Leaving Certificate Examination (including Day School Certificate (Higher) General paper), 1929
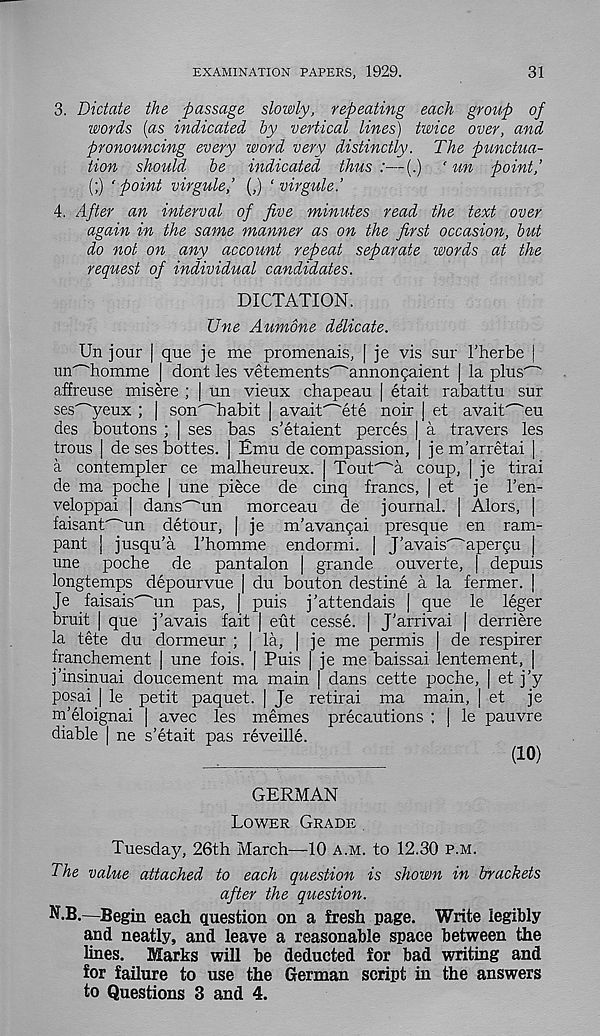
EXAMINATION PAPERS, 1929.
31
3. Dictate the passage slowly, repeating each group of
words (as indicated by vertical lines) twice over, and
pronouncing every word very distinctly. The punctua-
tion should be indicated thus :—(.) ' un point,'
(;) ‘point virgule,’ (,) ‘ virgule.’
4. After an interval of five minutes read the text over
again in the same manner as on the first occasion, but
do not on any account repeat separate words at the
request of individual candidates.
DICTATION.
Une Aumone delicate.
Un jour | que je me promenais, | je vis sur 1’herbe |
mTTomme | dont les vetements^annoncaient | la plus' - "
affreuse misere ; | un vieux chapeau | etait rabattu sur
ses^yeux ; | son'~'habit | avaif^ete noir j et avait' - "eu
des boutons ; | ses bas s’etaient perces | a travers les
trous | de ses bottes. | Emu de compassion, | je m’arretai |
a contempler ce malheureux. | Tout^a coup, | je tirai
de ma poche | une piece de cinq francs, | et je Fen-
veloppai | dans^un
morceau de journal. | Alors, |
faisant^un detour, | je m’avangai presque en ram-
pant ] jusqu’a Thomme endormi. j JAvais^aperpu |
une poche de
pantalon | grande ouverte, | depuis
longtemps depourvue | du bouton destine a la fermer. |
Je faisais^un pas, | puis j’attendais | que le leger
bruit | que j’avais fait | eut cesse. | J'arrivai | derriere
la tete du dormeur ; | la, | je me permis | de respirer
franchement | une fois. | Puis | je me baissai lentement, |
j’insinuai doucement ma main | dans cette poche, | et j’y
posai | le petit paquet. | Je retirai ma main, | et je
m’eloignai | avec les memes precautions ; | le pauvre
diable | ne s’etait pas reveille.
GERMAN
Lower Grade
Tuesday, 26th March—10 a.m. to 12.30 p.m.
The value attached to each question is shown in brackets
after the question.
N.B.—Begin each question on a fresh page. Write legibly
and neatly, and leave a reasonable space between the
lines. Marks will be deducted for bad writing and
for failure to use the German script in the answers
to Questions 3 and 4.